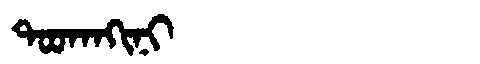
Manchu: ᡨᠣᠣᡴᠠᡴᡳᠨᡳ
Romanization: TOOKAKINI